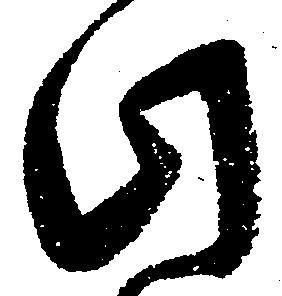
此